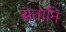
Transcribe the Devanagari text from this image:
सतानि